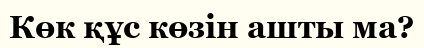
Көк құс көзiн ашты ма?